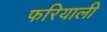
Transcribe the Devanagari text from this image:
फरियाली